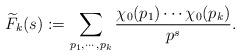
LaTeX: \begin{align*}\widetilde{F}_k(s):=\sum_{p_1, \cdots, p_k } \frac{\chi_0(p_1)\cdots \chi_0(p_k)}{p^s}.\end{align*}